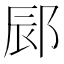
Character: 䣅